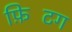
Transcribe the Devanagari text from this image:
फ़िटिंग